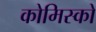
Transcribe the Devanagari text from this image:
कोमिस्को